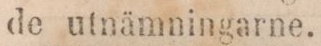
de utnämningarne.